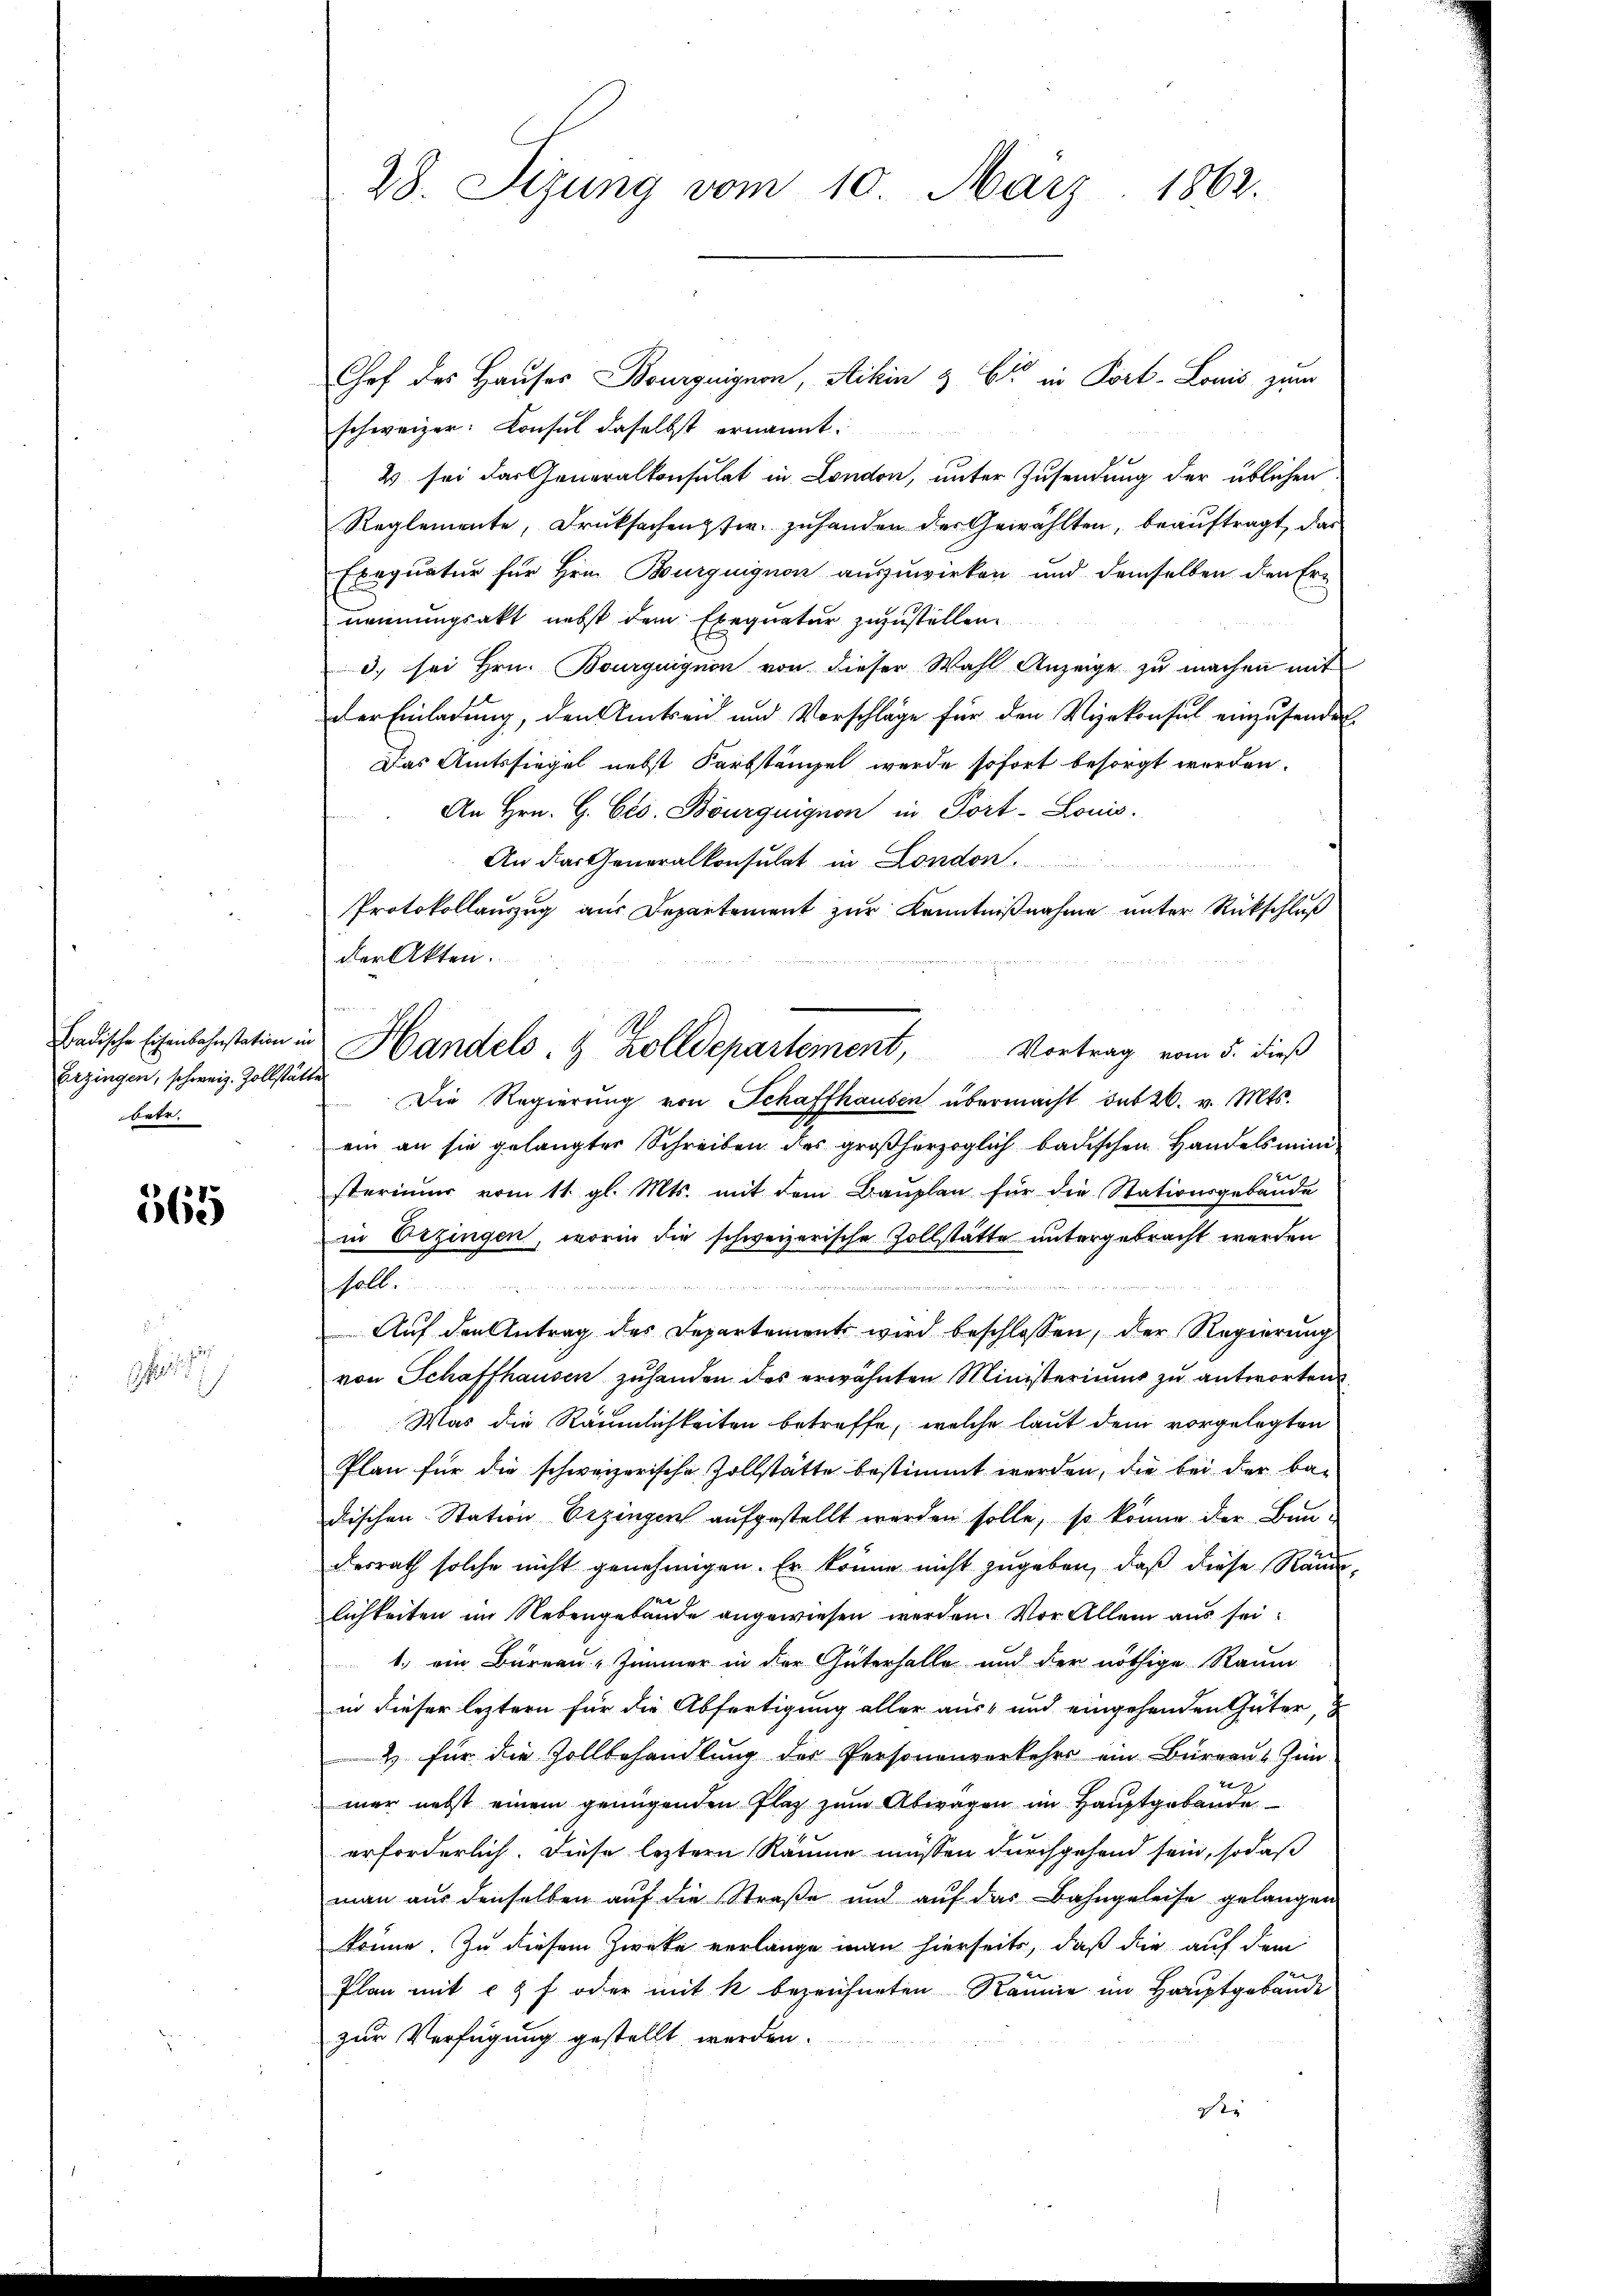
Erzingen, schweiz. Zollstätte
betr.

565

28. Sizung vom 10. März 1862.

Chef des Hauses Bourguignon, Schin & B. in Port-Louis zum
schweizer. Consul daselbst ernannt.
2 sei der Generalkonsulat in London, unter Zusendung der üblichen
Reglemente, Druksachenpfer zuhanden der Gewählten, beauftragt, das
Exequatur für Hrn. Burguignon auszuwirken und demselben den Ernennungsakt nebst dem Exegnatur zuzustellen
3. sei Hrn. Bourquignon von dieser Wahl Anzeige zu machen mit
der Einladung, den Amtseid und Vorschläge für den Vizekonsul einzusendet
Das Amtssiegel nebst Farbständel werde sofort besorgt werden.
An Hrn. G. Cts. Bourguignon in Port- Louis
An das Generalkonsulat in London.
Protokollauszug aus Departement zur Kenntnißnahme unter Rückschluß
der Akten.
Vortrag vom 5. dieß
Die Regierŭng von Schaffhausen übermacht des 26. v. Mts.
ein an sie gelangter Schreiben des großherzoglich badischen Handelsmini
sterin vom 11. gl. Mts. mit dem Bauplan für die Stationsgebäude
in Erzingen, worin die schweizerische Zollstätte untergebracht werden
n einen ein

soll
Auf den Antrag des Departement wird beschlossen, der Regierung
von Schaffhausen zuhanden des erwähnten Ministeriums zu antworten
Was die Räumlichkeiten betreffe, welche laut dem vorgelegten
Plan für die schweizerische Zollstätte bestimmt werden, die bei der be-
dischen Station Erzingen aufgestellt werden solle, so könne der Bau-
desrath solche nicht genehmigen. Er könne nicht zugeben, daß diese Raum,
lichkeiten im Nebengebäude angewiesen werden. Vor Allem aus sei¬
1. ein Bureau " Zimmer in der Güterhalle und der nöthige Raum
in dieser leztern für die Abfertigung aller aus- und eingehenden Güter,
2 für die Zollbehandlung der Personenverkehrs ein Büreau Zin-
g
mer nebst einem genügenden Plaz zum Abwagen im Hauptgebaute
erforderlich. Diese leztern Räume müssen durchgehend sein, sodaß
man aus denselben auf die Straße und aŭf das Bahngeleise gelangen
könne. Zu diesem Zwecke verlange man hierseits, daß die auf dem
Plan mit 2 f oder mit k bezeichneten Raume im Hauptgebäude
zur Verfügung gestellt werden.
die

2
Badische Eisenbahnstation in Handels- & Zolldepartement,